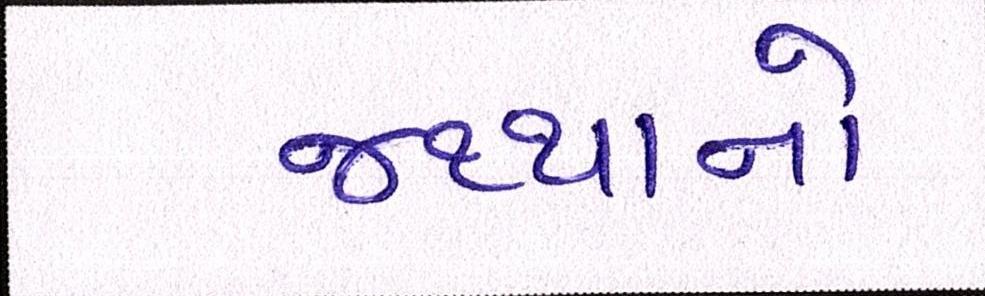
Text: જથ્થાનો